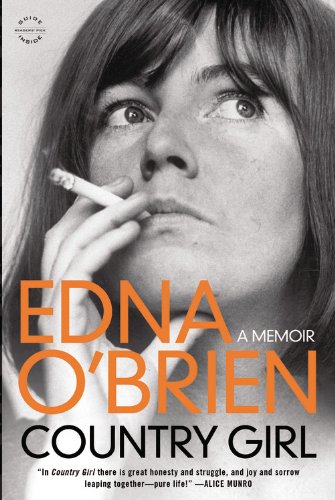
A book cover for Country Girl: A Memoir (Back Bay Readers' Pick); Edna O'Brien; Biographies & Memoirs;